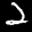
Label: 2